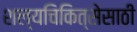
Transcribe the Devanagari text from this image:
शल्यचिकित्सेसाठी